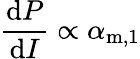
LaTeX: \frac{\mathrm{d}P}{\mathrm{d}I}\propto\alpha_{\mathrm{m,1}}